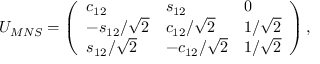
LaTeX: U _ { M N S } = \left( \begin{array} { l l l } { { c _ { 1 2 } } } & { { s _ { 1 2 } } } & { { 0 } } \\ { { - s _ { 1 2 } / \sqrt { 2 } } } & { { c _ { 1 2 } / \sqrt { 2 } } } & { { 1 / \sqrt { 2 } } } \\ { { s _ { 1 2 } / \sqrt { 2 } } } & { { - c _ { 1 2 } / \sqrt { 2 } } } & { { 1 / \sqrt { 2 } } } \end{array} \right) ,